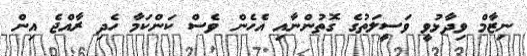
ނިޒާމް ވިދާޅުވީ ވަސީލަތުގެ ގޮތުންނާއި އެހެން ވެސް ކަންކަމާ ހެދި ރާއްޖެ އިން